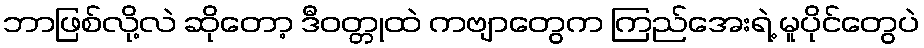
ဘာဖြစ်လို့လဲ ဆိုတော့ ဒီဝတ္တုထဲ ကဗျာတွေက ကြည်အေးရဲ့ မူပိုင်တွေပဲ